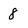
Character: 8